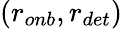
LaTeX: (r_{onb},r_{det})